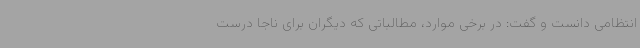
انتظامی دانست و گفت: در برخی موارد، مطالباتی که دیگران برای ناجا درست